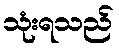
သုံးရသည်